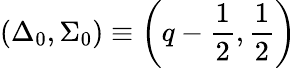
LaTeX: (\Delta_{0},\Sigma_{0})\equiv\left(q-\frac{1}{2},\frac{1}{2}\right)